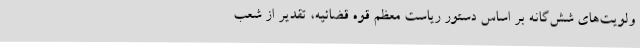
ولویت‌های شش‌گانه بر اساس دستور ریاست معظم قوه قضائیه، تقدیر از شعب